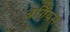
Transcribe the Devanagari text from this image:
बर्गियस